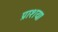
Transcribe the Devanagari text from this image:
प्राशय।